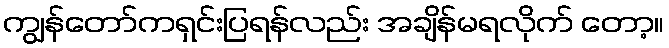
ကျွန်တော်ကရှင်းပြရန်လည်း အချိန်မရလိုက် တော့။